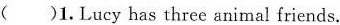
( )1.Lucy has three animal friends.